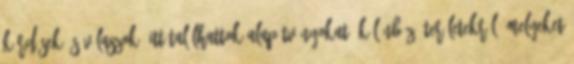
kérdések és válaszok. Itt találhattok alapítványokat, különböző területekről, melyeket